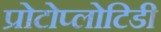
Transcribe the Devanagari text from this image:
प्रोटोप्लोटिडी